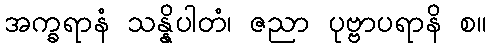
အက္ခရာနံ သန္နိပါတံ၊ ဇညာ ပုဗ္ဗာပရာနိ စ။